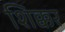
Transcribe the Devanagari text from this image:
शिक्कर